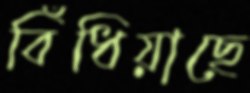
বিঁধিয়াছে